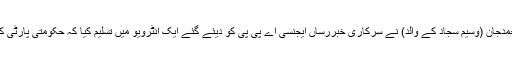
حتّی کہ بھٹو عہد کے چیف الیکشن کمشنر جسٹس ریٹائرڈ سجاداحمدجان (وسیم سجاد کے والد) نے سرکاری خبررساں ایجنسی اے پی پی کو دیئے گئے ایک انٹرویو میں تسلیم کیا کہ حکومتی پارٹی کے امیدواروں کا طرز عمل انتخابی عمل کی ناکامی کا سبب بنا“۔